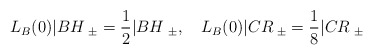
\begin{align*}L_B(0)|BH\>_{\pm} = \frac {1}{2} |BH\>_{\pm},\quad L_B(0)|CR\>_{\pm} = \frac {1}{8}|CR\>_{\pm}\end{align*}